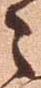
々